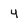
Character: 4